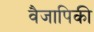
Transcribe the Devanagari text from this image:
वैजापिकी